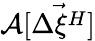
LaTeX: \mathcal{A}[\vec{\Delta\xi^{H}}]